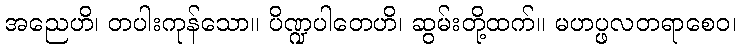
အညေဟိ၊ တပါးကုန်သော။ ပိဏ္ဍပါတေဟိ၊ ဆွမ်းတို့ထက်။ မဟပ္ဖလတရာစေဝ၊